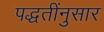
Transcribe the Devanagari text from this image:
पद्धतींनुसार